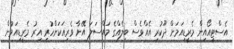
އެސްޓީއޯއިން މެރީޑިއަމަށް ދޫކުރި އެއްވެސް ބިލެއްގެ މައްސަލަ އޭނާ ވެރިއަކަށްހުރި އިރު މެރީޑިއަމުން